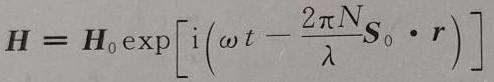
$\boldsymbol{H}=\boldsymbol{H}_{0} \exp \left[\mathrm{i}\left(\omega t-\frac{2 \pi N}{\lambda} \boldsymbol{S}_{0} \cdot \boldsymbol{r}\right)\right]$